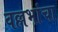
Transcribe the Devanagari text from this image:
वल्लभांचा